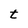
Character: t